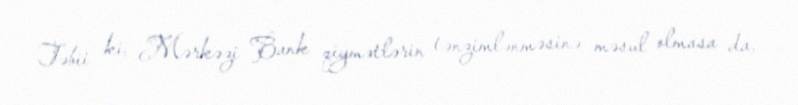
Təbii ki, Mərkəzi Bank qiymətlərin tənzimlənməsinə məsul olmasa da,